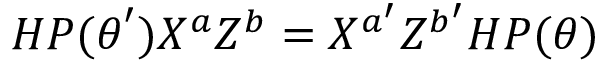
H P ( \boldsymbol { \theta } ^ { \prime } ) X ^ { a } Z ^ { b } = X ^ { a ^ { \prime } } Z ^ { b ^ { \prime } } H P ( \boldsymbol { \theta } )